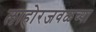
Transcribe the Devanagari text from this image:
लाहोरजवळच्या